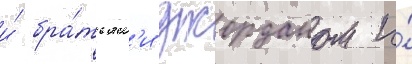
и́ бра́тьям'и джорданом и́